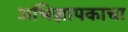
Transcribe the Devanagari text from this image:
अभिज्ञापकाचा